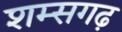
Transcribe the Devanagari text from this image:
शम्सगढ़